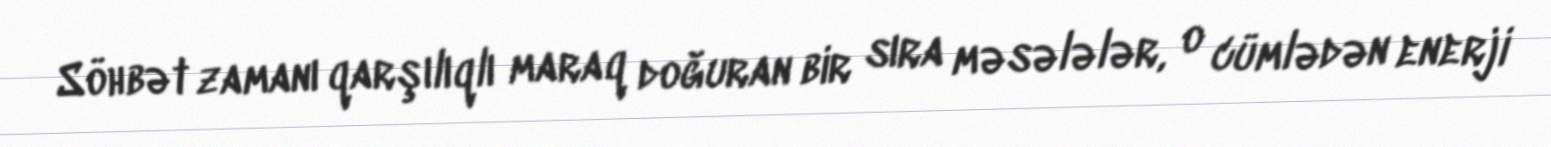
Söhbət zamanı qarşılıqlı maraq doğuran bir sıra məsələlər, o cümlədən enerji